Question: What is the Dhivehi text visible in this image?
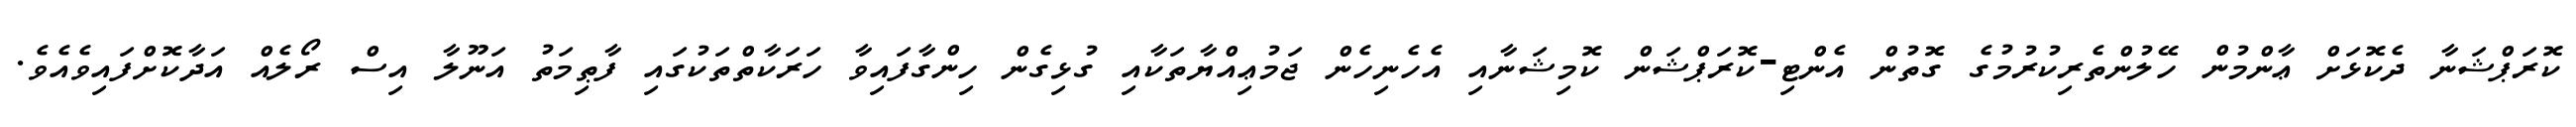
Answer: ކޮރަޕްޝަނާ ދެކޮޅަށް ޢާންމުން ހޭލުންތެރިކުރުމުގެ ގޮތުން އެންޓި-ކޮރަޕްޝަން ކޮމިޝަނާއި އެހެނިހެން ޖަމުޢިއްޔާތަކާއި ގުޅިގެން ހިންގާފައިވާ ހަރަކާތްތަކުގައި ފާޠިމަތު އަނޫލާ އިސް ރޯލެއް އަދާކޮށްފައިވެއެވެ.